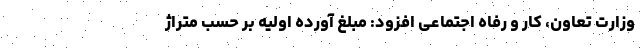
وزارت تعاون، کار و رفاه اجتماعی افزود: مبلغ آورده اولیه بر حسب متراژ